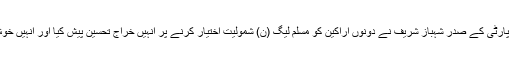
اس موقع پر پارٹی کے صدر شہباز شریف نے دونوں اراکین کو مسلم لیگ (ن) شمولیت اختیار کرنے پر انہیں خراجِ تحسین پیش کیا اور انہیں خوش آمدید کہا۔